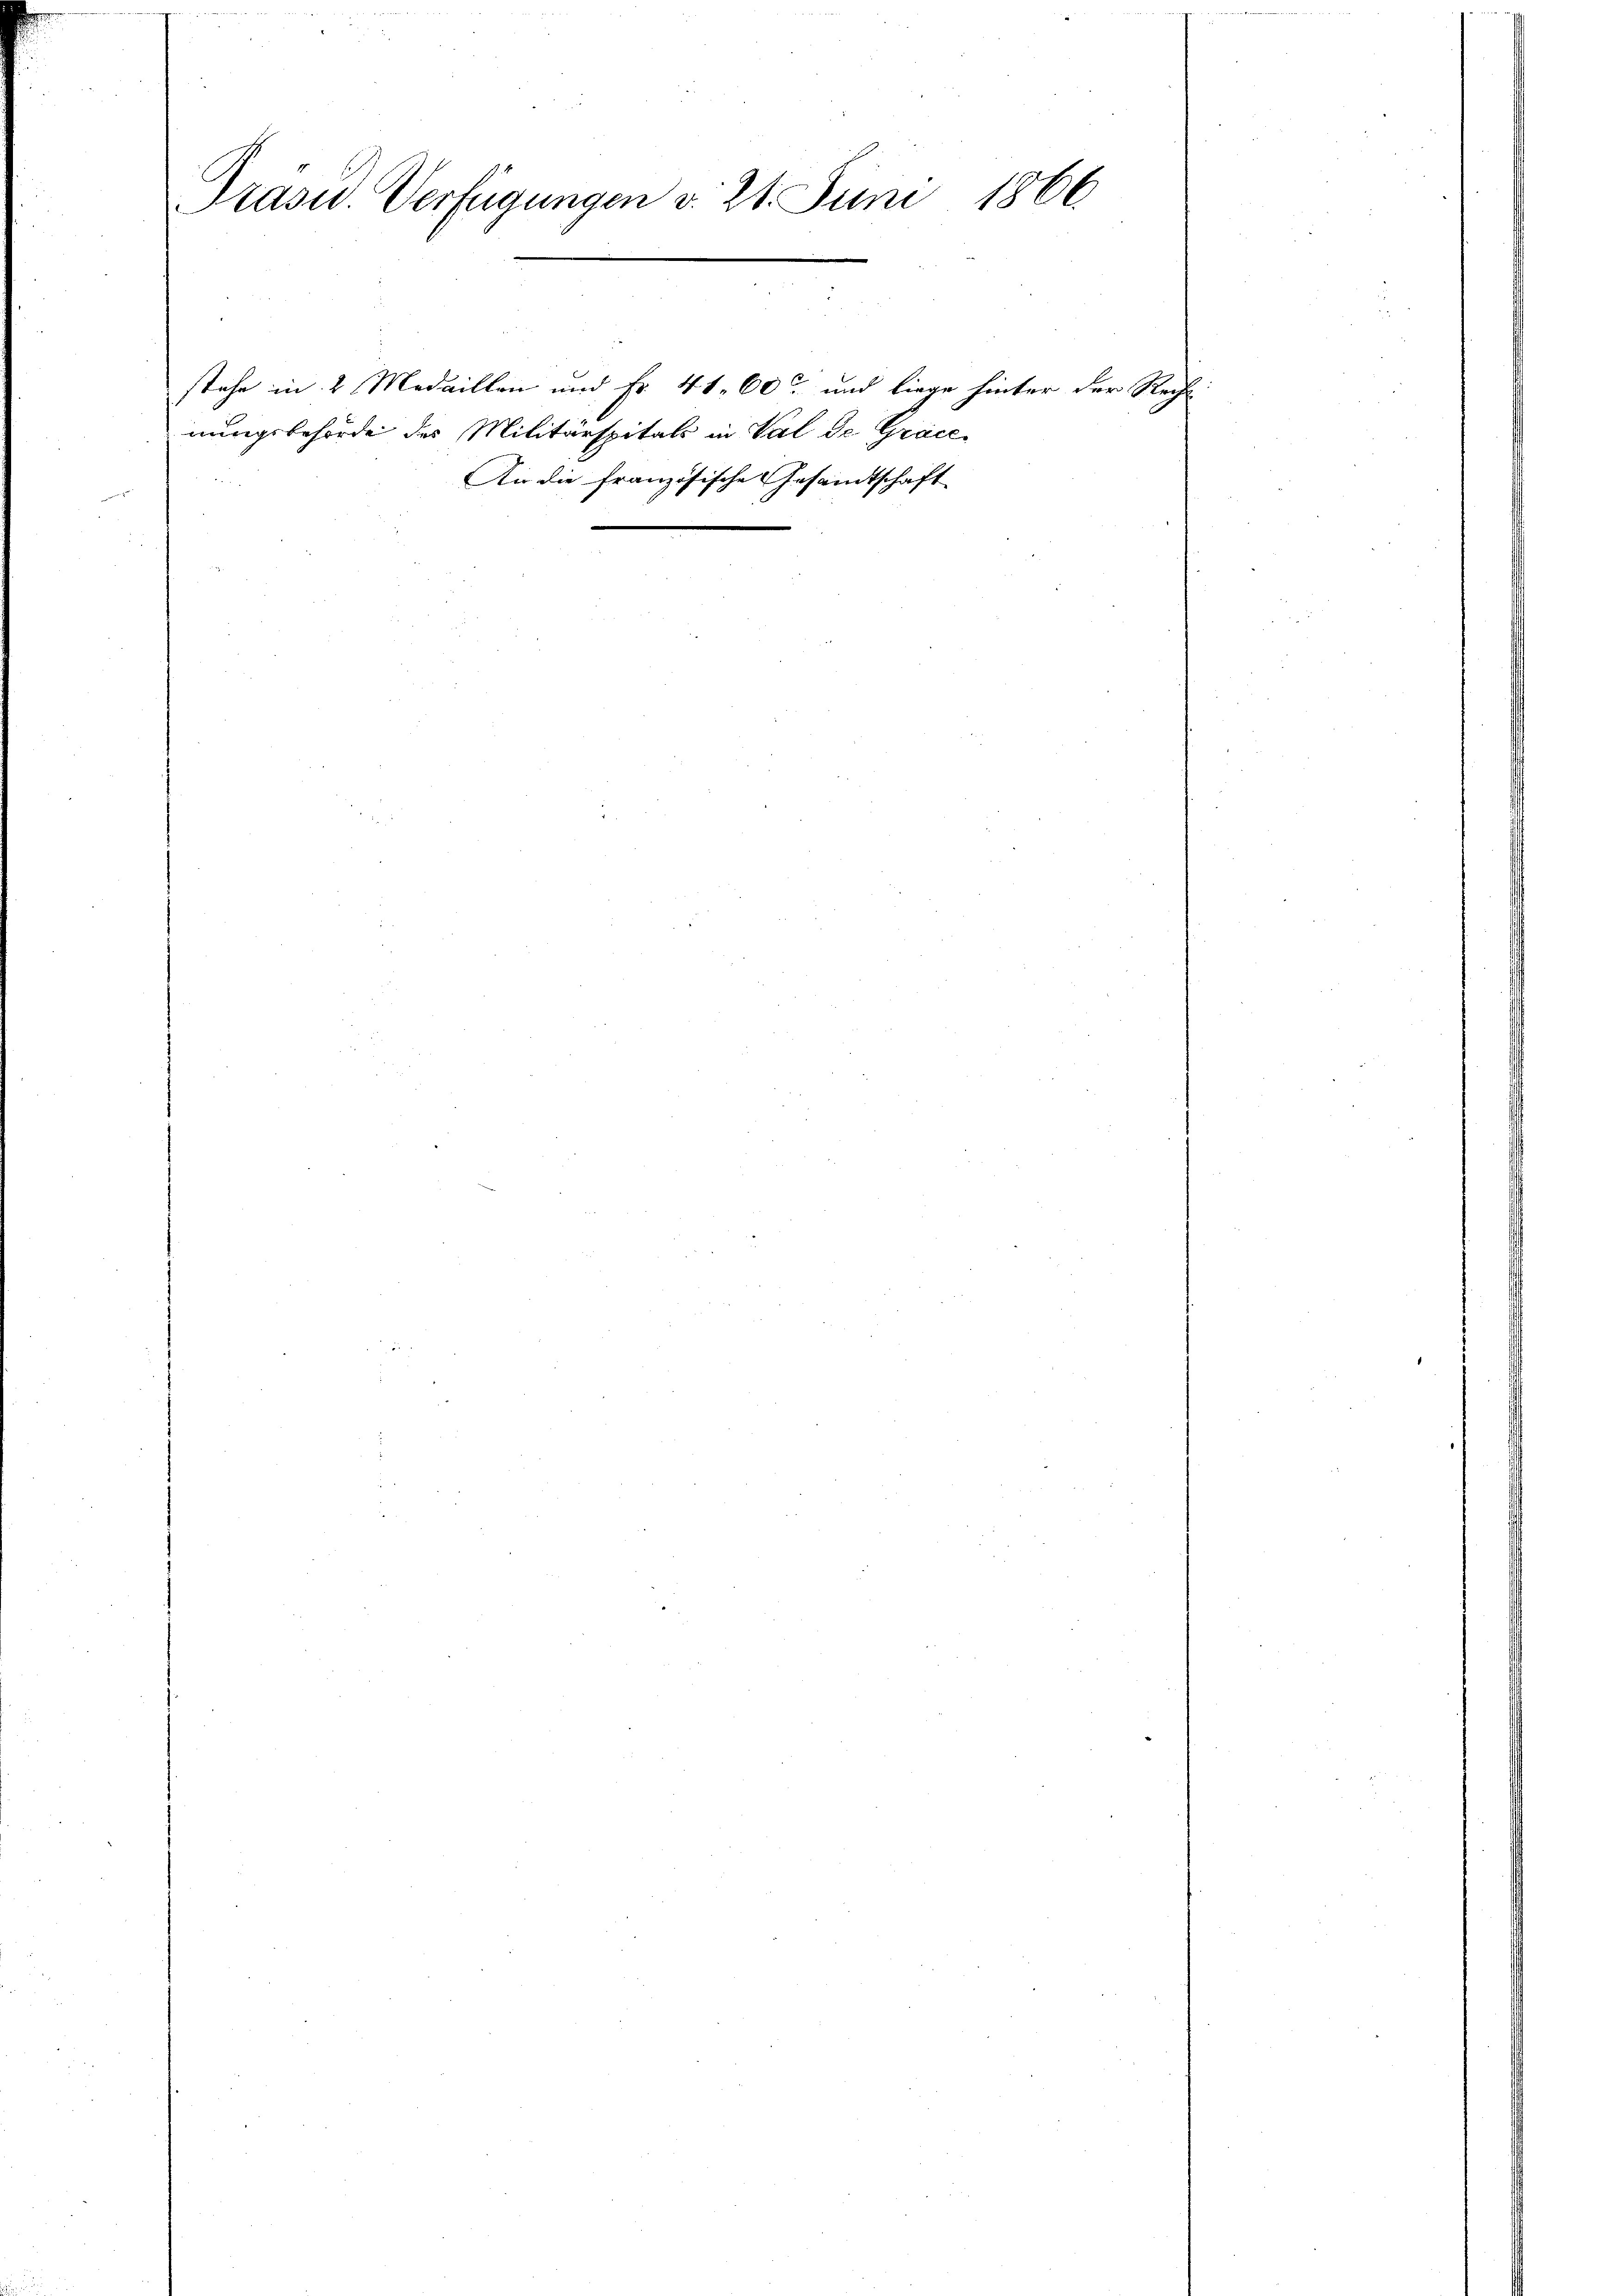
Präsid. Verfügungen v. 24. Juni 1866

nungsbehörde des Militärspitals in Val de Grace
An die französische Gesandtschaft

stehe in 2 Medaillen und Fr. 41. 60 und liege hinter der Recht